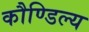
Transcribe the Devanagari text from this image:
कौण्डिल्य